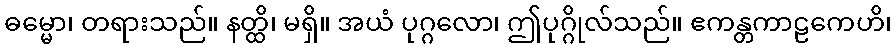
ဓမ္မော၊ တရားသည်။ နတ္ထိ၊ မရှိ။ အယံ ပုဂ္ဂလော၊ ဤပုဂ္ဂိုလ်သည်။ ဧကန္တကာဠကေဟိ၊